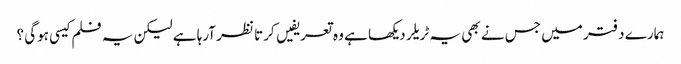
ہمارے دفتر میں جس نے بھی یہ ٹریلر دیکھا ہے وہ تعریفیں کرتا نظر آرہا ہے لیکن یہ فلم کیسی ہوگی ؟